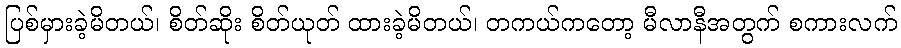
ပြစ်မှားခဲ့မိတယ်၊ စိတ်ဆိုး စိတ်ယုတ် ထားခဲ့မိတယ်၊ တကယ်ကတော့ မီလာနီအတွက် စကားလက်